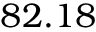
8 2 . 1 8